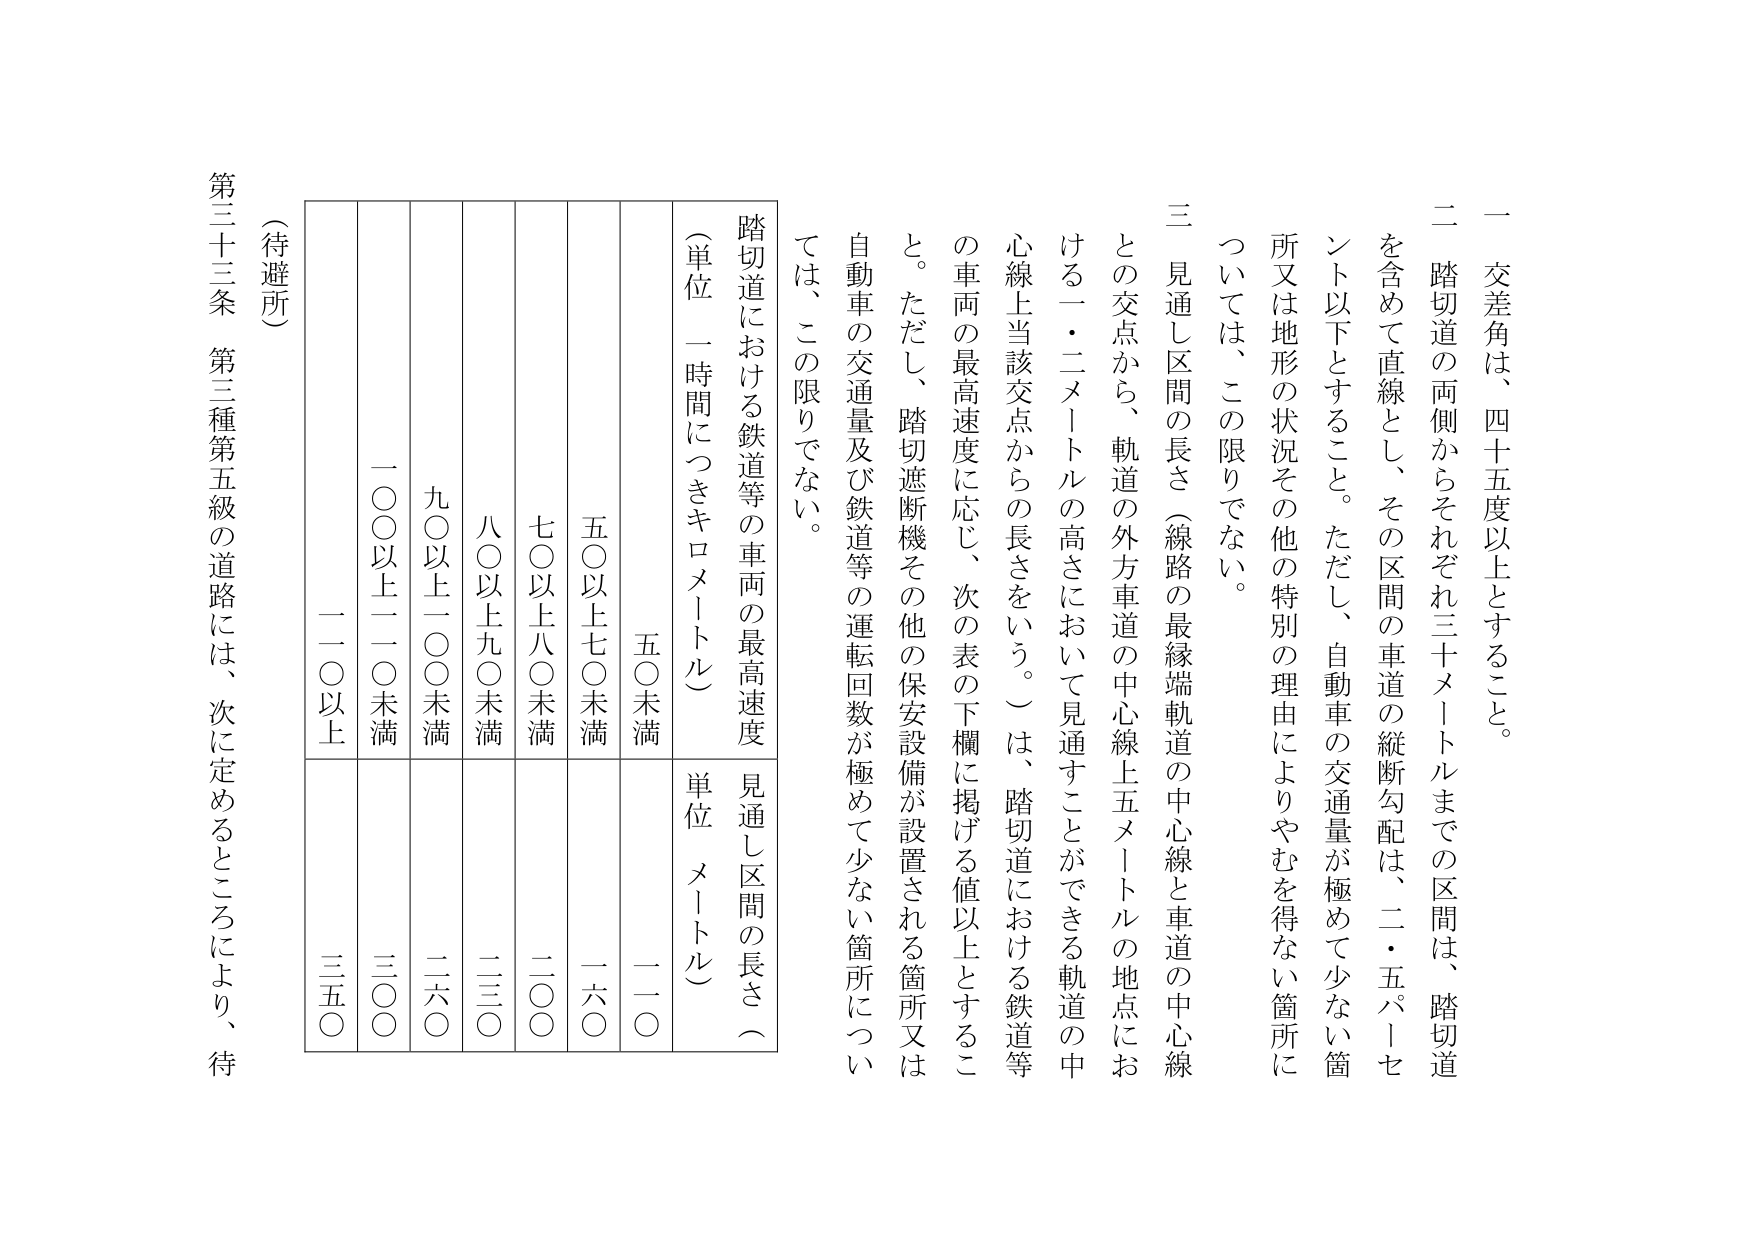
一 交差角は、四十五度以上とすること。

二 踏切道の両側からそれぞれ三十メートルまでの区間は、踏切道を含めて直線とし、その区間の車道の縦断勾配は、二・五パーセント以下とすること。ただし、自動車の交通量が極めて少ない箇所又は地形の状況その他の特別の理由によりやむを得ない箇所については、この限りでない。

三 見通し区間の長さ（線路の最縁端軌道の中心線と車道の中心線との交点から、軌道の外方車道の中心線上五メートルの地点における一・二メートルの高さにおいて見通すことができる軌道の中心線上当該交点からの長さをいう。）は、踏切道における鉄道等の車両の最高速度に応じ、次の表の下欄に掲げる値以上とすること。ただし、踏切遮断機その他の保安設備が設置される箇所又は自動車の交通量及び鉄道等の運転回数が極めて少ない箇所については、この限りでない。

踏切道における鉄道等の車両の最高速度
（単位 一時間につきキロメートル）
見通し区間の長さ（単位 メートル）

五〇未満 一〇〇
五〇以上七〇未満 一六〇
七〇以上八〇未満 二〇〇
八〇以上九〇未満 二三〇
九〇以上一〇〇未満 二六〇
一〇〇以上一一〇未満 三〇〇
一一〇以上 三五〇

（待避所）
第三十三条 第三種第五級の道路には、次に定めるところにより、待